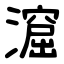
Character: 㵠